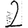
Digit: 2